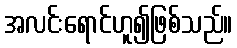
အလင်းရောင်ဟူ၍ဖြစ်သည်။